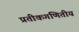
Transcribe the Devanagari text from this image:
प्रतीकगणितीय